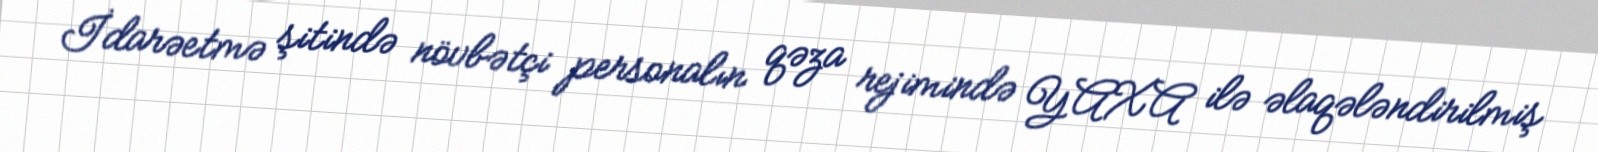
İdarəetmə şitində növbətçi personalın qəza rejimində YAXA ilə əlaqələndirilmiş